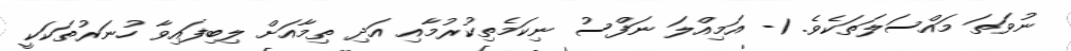
ނުވަތަ މައްސަލަތަކެވެ. 1- އަމިއްލަ ނަފްސު ނިކަމެތިކުރުމާއި އަދި ތިމާއަށް ލިބިފައިވާ ހުނަރުތަކަކީ